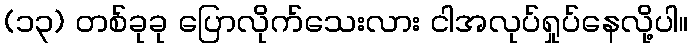
(၁၃) တစ်ခုခု ပြောလိုက်သေးလား ငါအလုပ်ရှုပ်နေလို့ပါ။